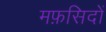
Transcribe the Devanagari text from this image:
मफ़सिदों